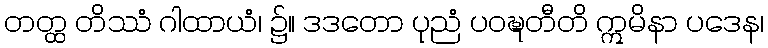
တတ္ထ တိဿံ ဂါထာယံ၊ ၌။ ဒဒတော ပုညံ ပဝဍ္ဎတီတိ ဣမိနာ ပဒေန၊